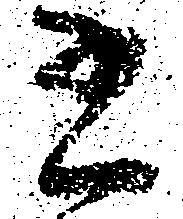
書